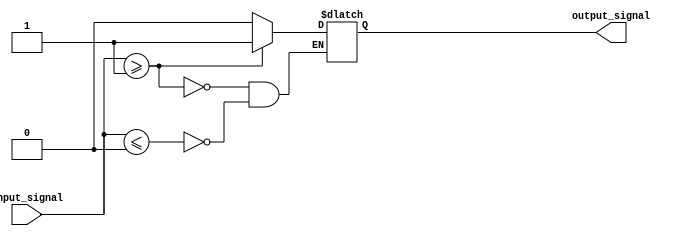
module schmitt_trigger_buffer (
    input wire input_signal,
    output reg output_signal
);

// Schmitt trigger parameters
parameter VTH = 1; // Upper threshold voltage
parameter VTL = 0; // Lower threshold voltage

// Schmitt trigger logic
always @ (input_signal)
begin
    if (input_signal >= VTH) begin
        output_signal <= 1;
    end else if (input_signal <= VTL) begin
        output_signal <= 0;
    end
end

endmodule